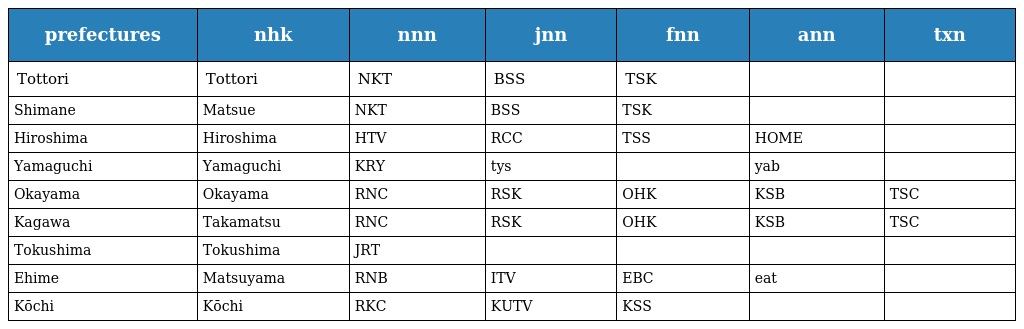
| prefectures | nhk | nnn | jnn | fnn | ann | txn |
 | --- | --- | --- | --- | --- | --- | --- |
 | Tottori | Tottori | NKT | BSS | TSK |  |  |
 | Shimane | Matsue | NKT | BSS | TSK |  |  |
 | Hiroshima | Hiroshima | HTV | RCC | TSS | HOME |  |
 | Yamaguchi | Yamaguchi | KRY | tys |  | yab |  |
 | Okayama | Okayama | RNC | RSK | OHK | KSB | TSC |
 | Kagawa | Takamatsu | RNC | RSK | OHK | KSB | TSC |
 | Tokushima | Tokushima | JRT |  |  |  |  |
 | Ehime | Matsuyama | RNB | ITV | EBC | eat |  |
 | Kōchi | Kōchi | RKC | KUTV | KSS |  |  |